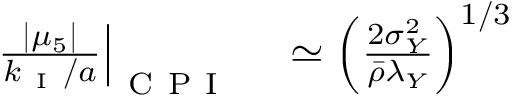
\begin{array} { r l } { \left. \frac { | \mu _ { 5 } | } { k _ { \mathrm { ~ I ~ } } / a } \right| _ { \mathrm { ~ C ~ P ~ I ~ } } } & { { } \simeq \left( \frac { 2 \sigma _ { Y } ^ { 2 } } { \bar { \rho } \lambda _ { Y } } \right) ^ { 1 / 3 } } \end{array}